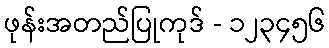
ဖုန်းအတည်ပြုကုဒ် - ၁၂၃၄၅၆